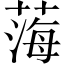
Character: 𦷫